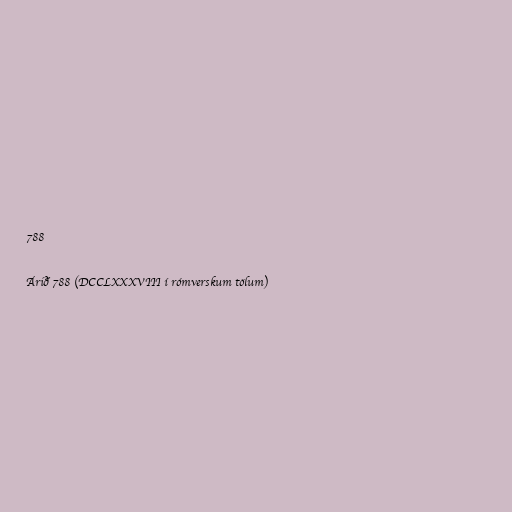
788

Árið 788 (DCCLXXXVIII í rómverskum tölum)